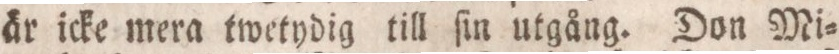
äar icke mera twetydig till ſin utgång. Don Mi=